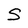
Character: S